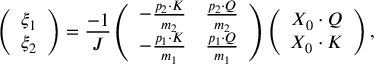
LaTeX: \left( \begin{array} { c } { { \xi _ { 1 } } } \\ { { \xi _ { 2 } } } \end{array} \right) = \frac { - 1 } { J } \left( \begin{array} { c c } { { - \frac { p _ { 2 } \cdot K } { m _ { 2 } } } } & { { \frac { p _ { 2 } \cdot Q } { m _ { 2 } } } } \\ { { - \frac { p _ { 1 } \cdot K } { m _ { 1 } } } } & { { \frac { p _ { 1 } \cdot Q } { m _ { 1 } } } } \end{array} \right) \left( \begin{array} { c } { { X _ { 0 } \cdot Q } } \\ { { X _ { 0 } \cdot K } } \end{array} \right) ,